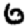
Digit: 6